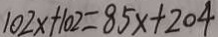
1 0 2 x + 1 0 2 = 8 5 x + 2 0 4